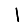
Digit: 1